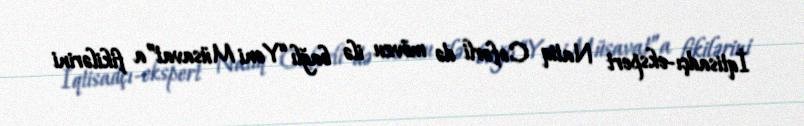
İqtisadçı-ekspert Natiq Cəfərli də mövzu ilə bağlı “Yeni Müsavat”a fikilərini